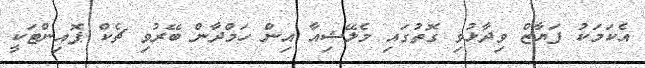
އެކަމަކު ފަޔާޒް ވިދާޅުވި ގޮތުގައި މެލޭޝިއާ އިން ހަމްދާން ބޭރުވިި ޗެކް ޕޮއިންޓަކީ